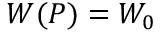
W ( P ) = W _ { 0 }